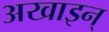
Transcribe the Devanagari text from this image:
अखाइन्